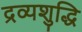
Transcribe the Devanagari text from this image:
द्रव्यशुद्धि